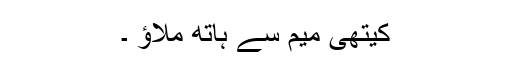
کیتھی میم سے ہاتھ ملاؤ ۔